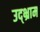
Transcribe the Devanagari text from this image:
उद्भ्राम